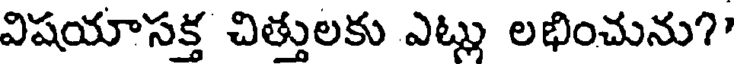
విషయాసక్త చిత్తులకు ఎట్లు లభించును?'